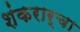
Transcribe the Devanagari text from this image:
शंकरार्चा